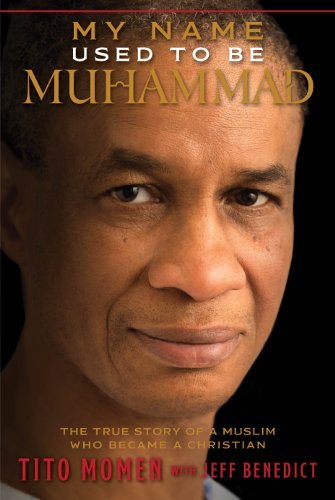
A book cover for My Name Used to Be Muhammad: The True Story of a Muslim Who Became a Christian; Tito Momen; Religion & Spirituality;